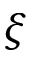
\boldsymbol { \xi }